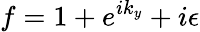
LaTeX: f=1+e^{ik_{y}}+i\epsilon